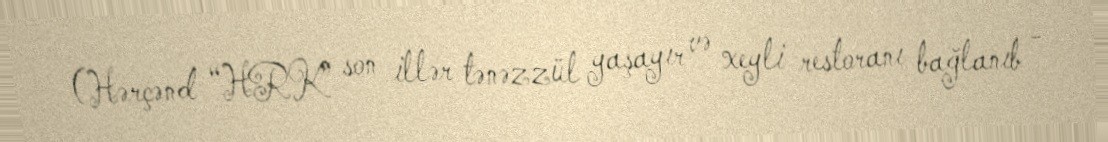
(Hərçənd “HRK” son illər tənəzzül yaşayır və xeyli restoranı bağlanıb -